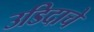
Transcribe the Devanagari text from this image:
उडिदाचे